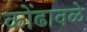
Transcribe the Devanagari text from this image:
कोंढावळे